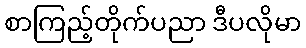
စာကြည့်တိုက်ပညာ ဒီပလိုမာ